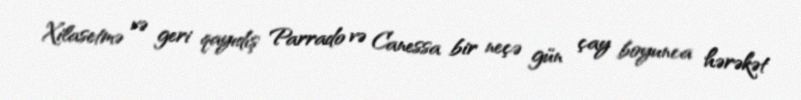
Xilasetmə və geri qayıdış Parrado və Canessa bir neçə gün çay boyunca hərəkət